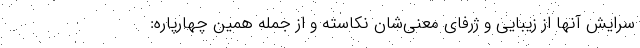
سُرایش آنها از زیبایی و ژرفای معنی‌شان نکاسته و از جمله همین چهارپاره: